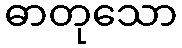
ဓာတုသော